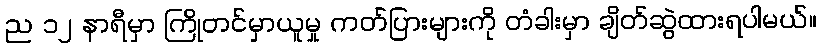
ည ၁၂ နာရီမှာ ကြိုတင်မှာယူမှု ကတ်ပြားများကို တံခါးမှာ ချိတ်ဆွဲထားရပါမယ်။